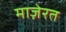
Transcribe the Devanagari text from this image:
माज़ेरत